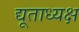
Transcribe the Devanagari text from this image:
द्यूताध्यक्ष